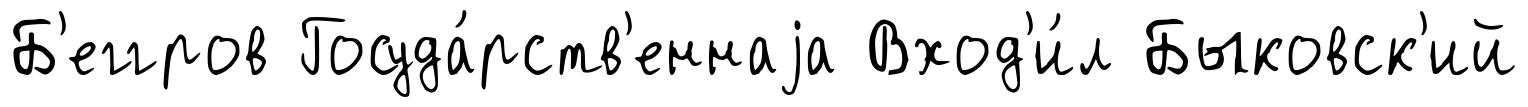
Б'еггров Госуда́рств'еннаjа Вход'и́л Быковск'ий